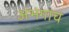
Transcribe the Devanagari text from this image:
अभंगांचं